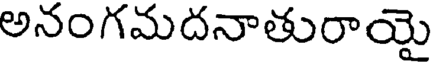
అనంగమదనాతురాయై